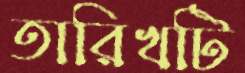
তারিখটি